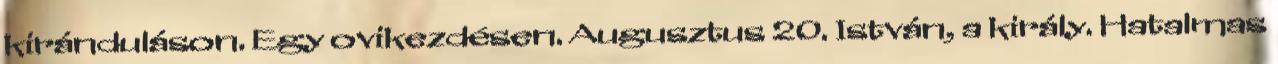
kiránduláson. Egy ovikezdésen. Augusztus 20. István, a király. Hatalmas